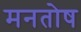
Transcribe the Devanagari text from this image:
मनतोष